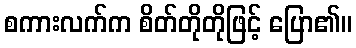
စကားလက်က စိတ်တိုတိုဖြင့် ပြော၏။